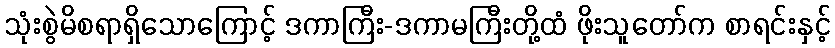
သုံးစွဲမိစရာရှိသောကြောင့် ဒကာကြီး-ဒကာမကြီးတို့ထံ ဖိုးသူတော်က စာရင်းနှင့်